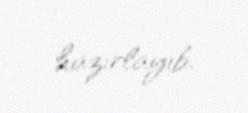
hazırlayıb.